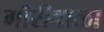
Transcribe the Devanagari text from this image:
गौरीबाळा